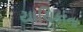
યાચિકાના